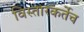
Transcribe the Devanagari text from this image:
विस्तारकर्तेच